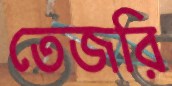
তেজরি